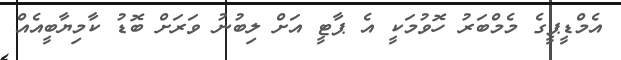
އެމްޑީޕީގެ މެމްބަރު ހޮވުމަކީ އެ ޕާޓީ އަށް ލިބުނު ވަރަށް ބޮޑު ކާމިޔާބީއެއް